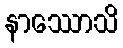
နာဿောသိ